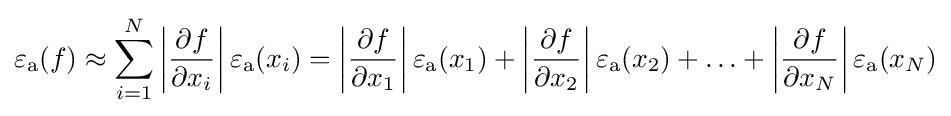
\varepsilon _{\rm {a}}(f)\approx \sum _{i=1}^{N}\left|{\frac {\partial f}{\partial x_{i}}}\right|\varepsilon _{\rm {a}}(x_{i})=\left|{\frac {\partial f}{\partial x_{1}}}\right|\varepsilon _{\rm {a}}(x_{1})+\left|{\frac {\partial f}{\partial x_{2}}}\right|\varepsilon _{\rm {a}}(x_{2})+\ldots +\left|{\frac {\partial f}{\partial x_{N}}}\right|\varepsilon _{\rm {a}}(x_{N})